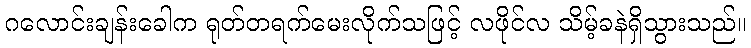
ဂလောင်းချန်းခေါက ရုတ်တရက်မေးလိုက်သဖြင့် လဖိုင်လ သိမ့်ခနဲရှိသွားသည်။